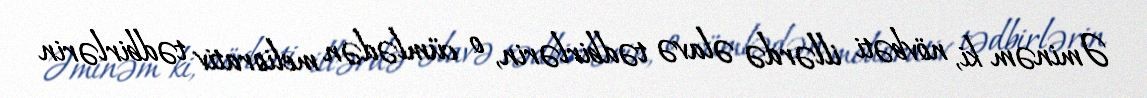
Əminəm ki, növbəti illərdə əlavə tədbirlərin, o cümlədən meliorativ tədbirlərin